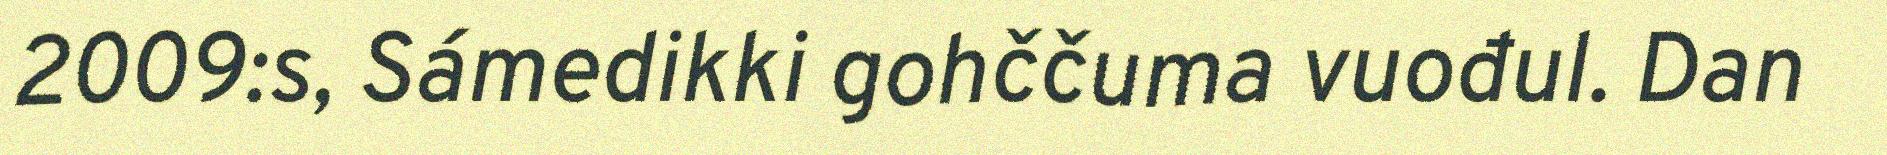
2009:s, Sámedikki gohččuma vuođul. Dan